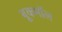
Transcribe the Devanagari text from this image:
बूकमॉल